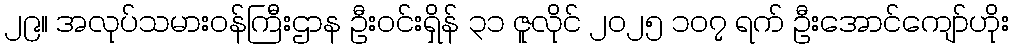
၂၉။ အလုပ်သမားဝန်ကြီးဌာန ဦးဝင်းရှိန် ၃၁ ဇူလိုင် ၂၀၂၅ ၁၀၇ ရက် ဦးအောင်ကျော်ဟိုး